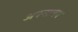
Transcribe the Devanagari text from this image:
अपनालय